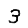
Digit: 3